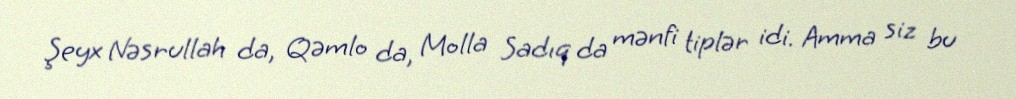
Şeyx Nəsrullah da, Qəmlo da, Molla Sadıq da mənfi tiplər idi. Amma siz bu